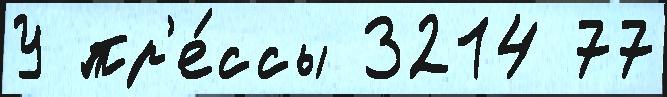
У пр'е́ссы 3214 77